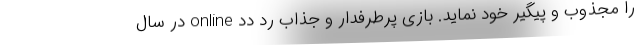
را مجذوب و پیگیر خود نماید. بازی پرطرفدار و جذاب رد دد online در سال